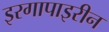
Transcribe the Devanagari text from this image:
इरगापाइरीन